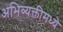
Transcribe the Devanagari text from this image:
अभिव्यक्तीमध्ये